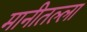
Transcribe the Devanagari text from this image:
मानीतल्ला